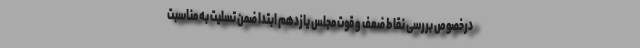
درخصوص بررسی نقاط ضعف و قوت مجلس یازدهم ابتدا ضمن تسلیت به مناسبت